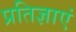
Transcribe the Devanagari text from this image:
प्रतिज्ञाएं